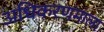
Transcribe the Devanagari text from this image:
अधिकरणमाला